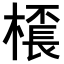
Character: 𣛓